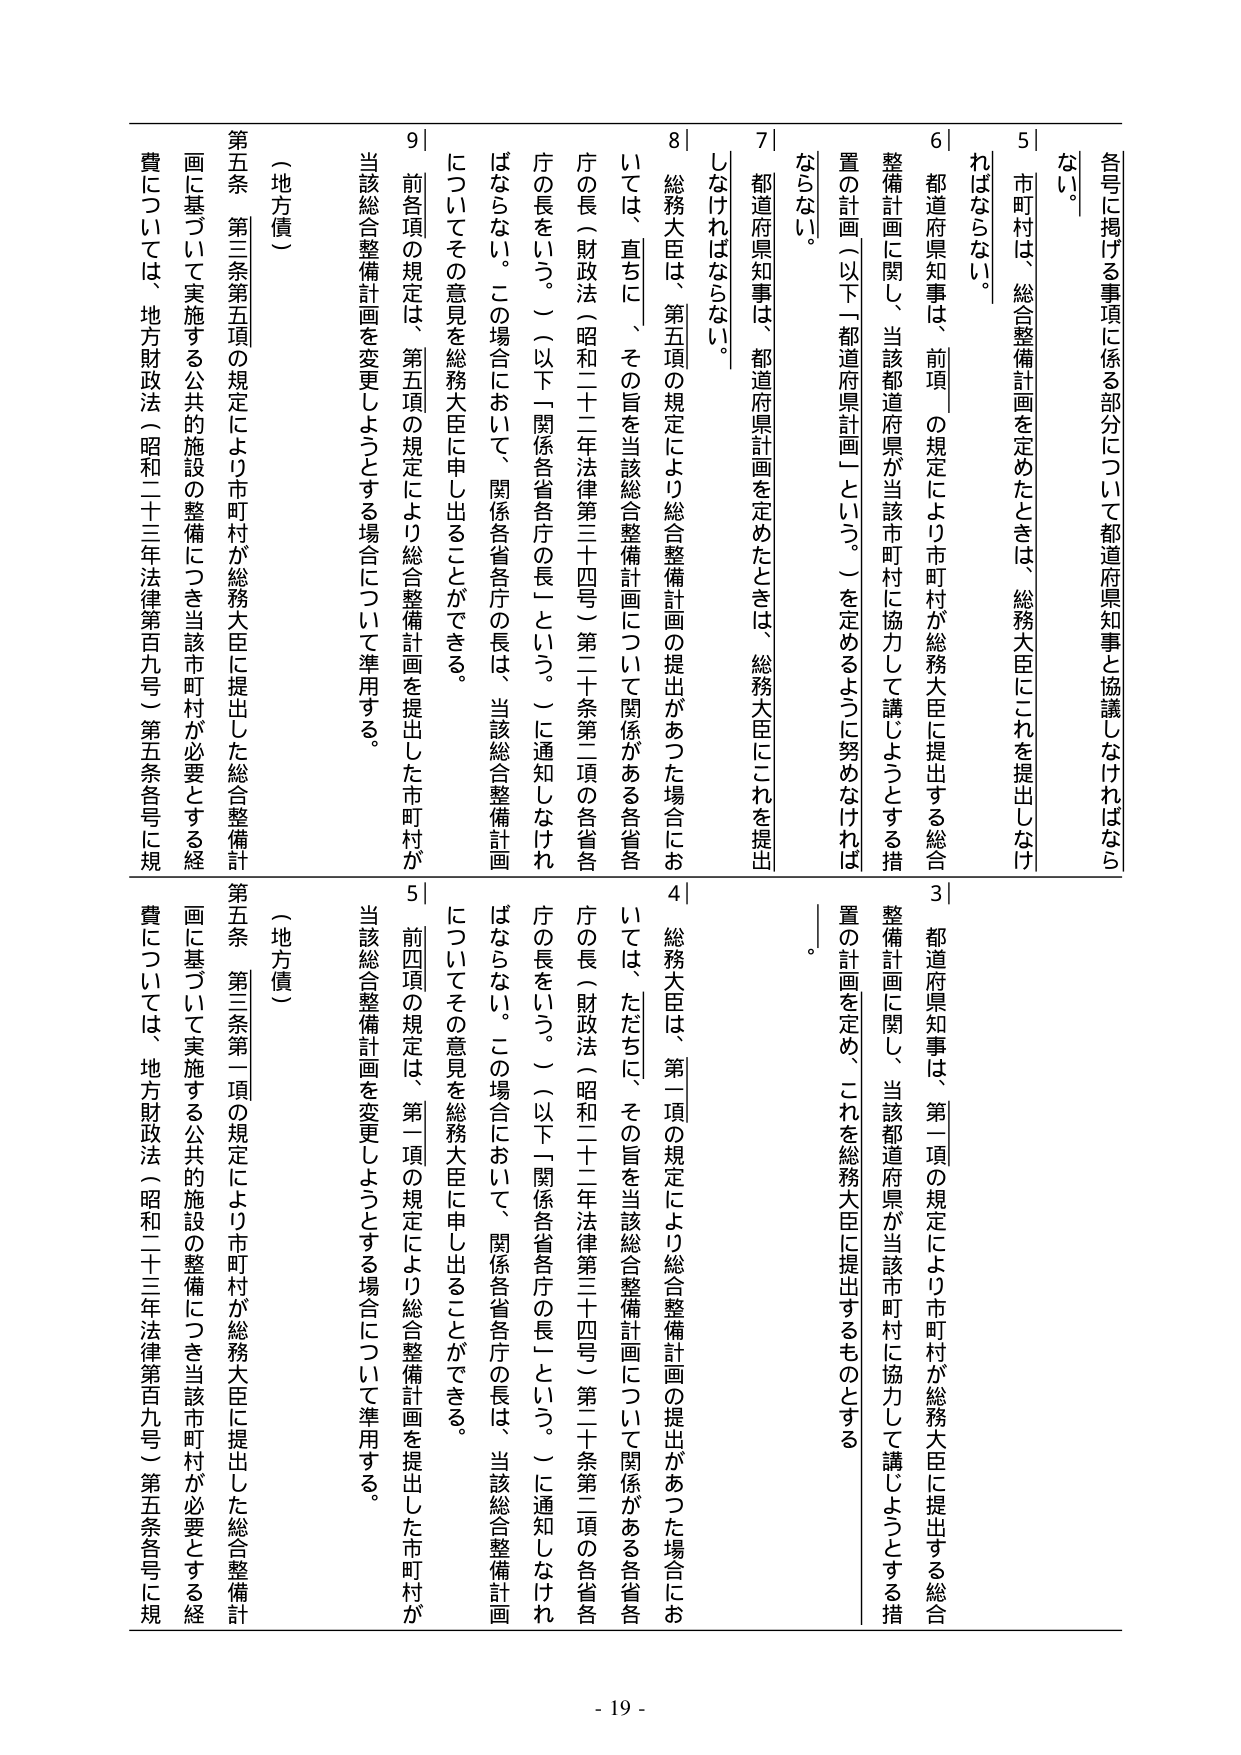
各号に掲げる事項に係る部分について都道府県知事と協議しなければならない。

5｜市町村は、総合整備計画を定めたときは、総務大臣にこれを提出しなければならない。

6｜都道府県知事は、前項の規定により市町村が総務大臣に提出する総合整備計画に関して、当該都道府県が当該市町村に協力して講じようとする措置の計画（以下「都道府県計画」という。）を定めるように努めなければならない。

7｜都道府県知事は、都道府県計画を定めたときは、総務大臣にこれを提出しなければならない。

8｜総務大臣は、第五項の規定により総合整備計画の提出があった場合においては、直ちに、その旨を当該総合整備計画について関係がある各省各庁の長（財政法（昭和二十二年法律第三十四号）第二十条第二項の各省各庁の長をいう。）（以下「関係各省各庁の長」という。）に通知しなければならない。この場合において、関係各省各庁の長は、当該総合整備計画についてその意見を総務大臣に申し出ることができる。

9｜前各項の規定は、第五項の規定により総合整備計画を提出した市町村が当該総合整備計画を変更しようとする場合について準用する。

（地方債）

第五条 第三条第五項の規定により市町村が総務大臣に提出した総合整備計画に基づいて実施する公共の施設の整備につき当該市町村が必要とする経費については、地方財政法（昭和二十三年法律第百九号）第五条各号に規

3｜都道府県知事は、第一項の規定により市町村が総務大臣に提出する総合整備計画に関して、当該都道府県が当該市町村に協力して講じようとする措置の計画を定め、これを総務大臣に提出するものとする。

4｜総務大臣は、第一項の規定により総合整備計画の提出があった場合においては、ただちに、その旨を当該総合整備計画について関係がある各省各庁の長（財政法（昭和二十二年法律第三十四号）第二十条第二項の各省各庁の長をいう。）（以下「関係各省各庁の長」という。）に通知しなければならない。この場合において、関係各省各庁の長は、当該総合整備計画についてその意見を総務大臣に申し出ることができる。

5｜前四項の規定は、第一項の規定により総合整備計画を提出した市町村が当該総合整備計画を変更しようとする場合について準用する。

（地方債）

第五条 第三条第一項の規定により市町村が総務大臣に提出した総合整備計画に基づいて実施する公共の施設の整備につき当該市町村が必要とする経費については、地方財政法（昭和二十三年法律第百九号）第五条各号に規

- 19 -